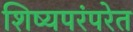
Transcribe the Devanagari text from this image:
शिष्यपरंपरेत